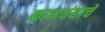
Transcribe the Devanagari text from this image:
कामधंद्याचे